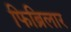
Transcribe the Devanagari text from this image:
फिब्रिलार